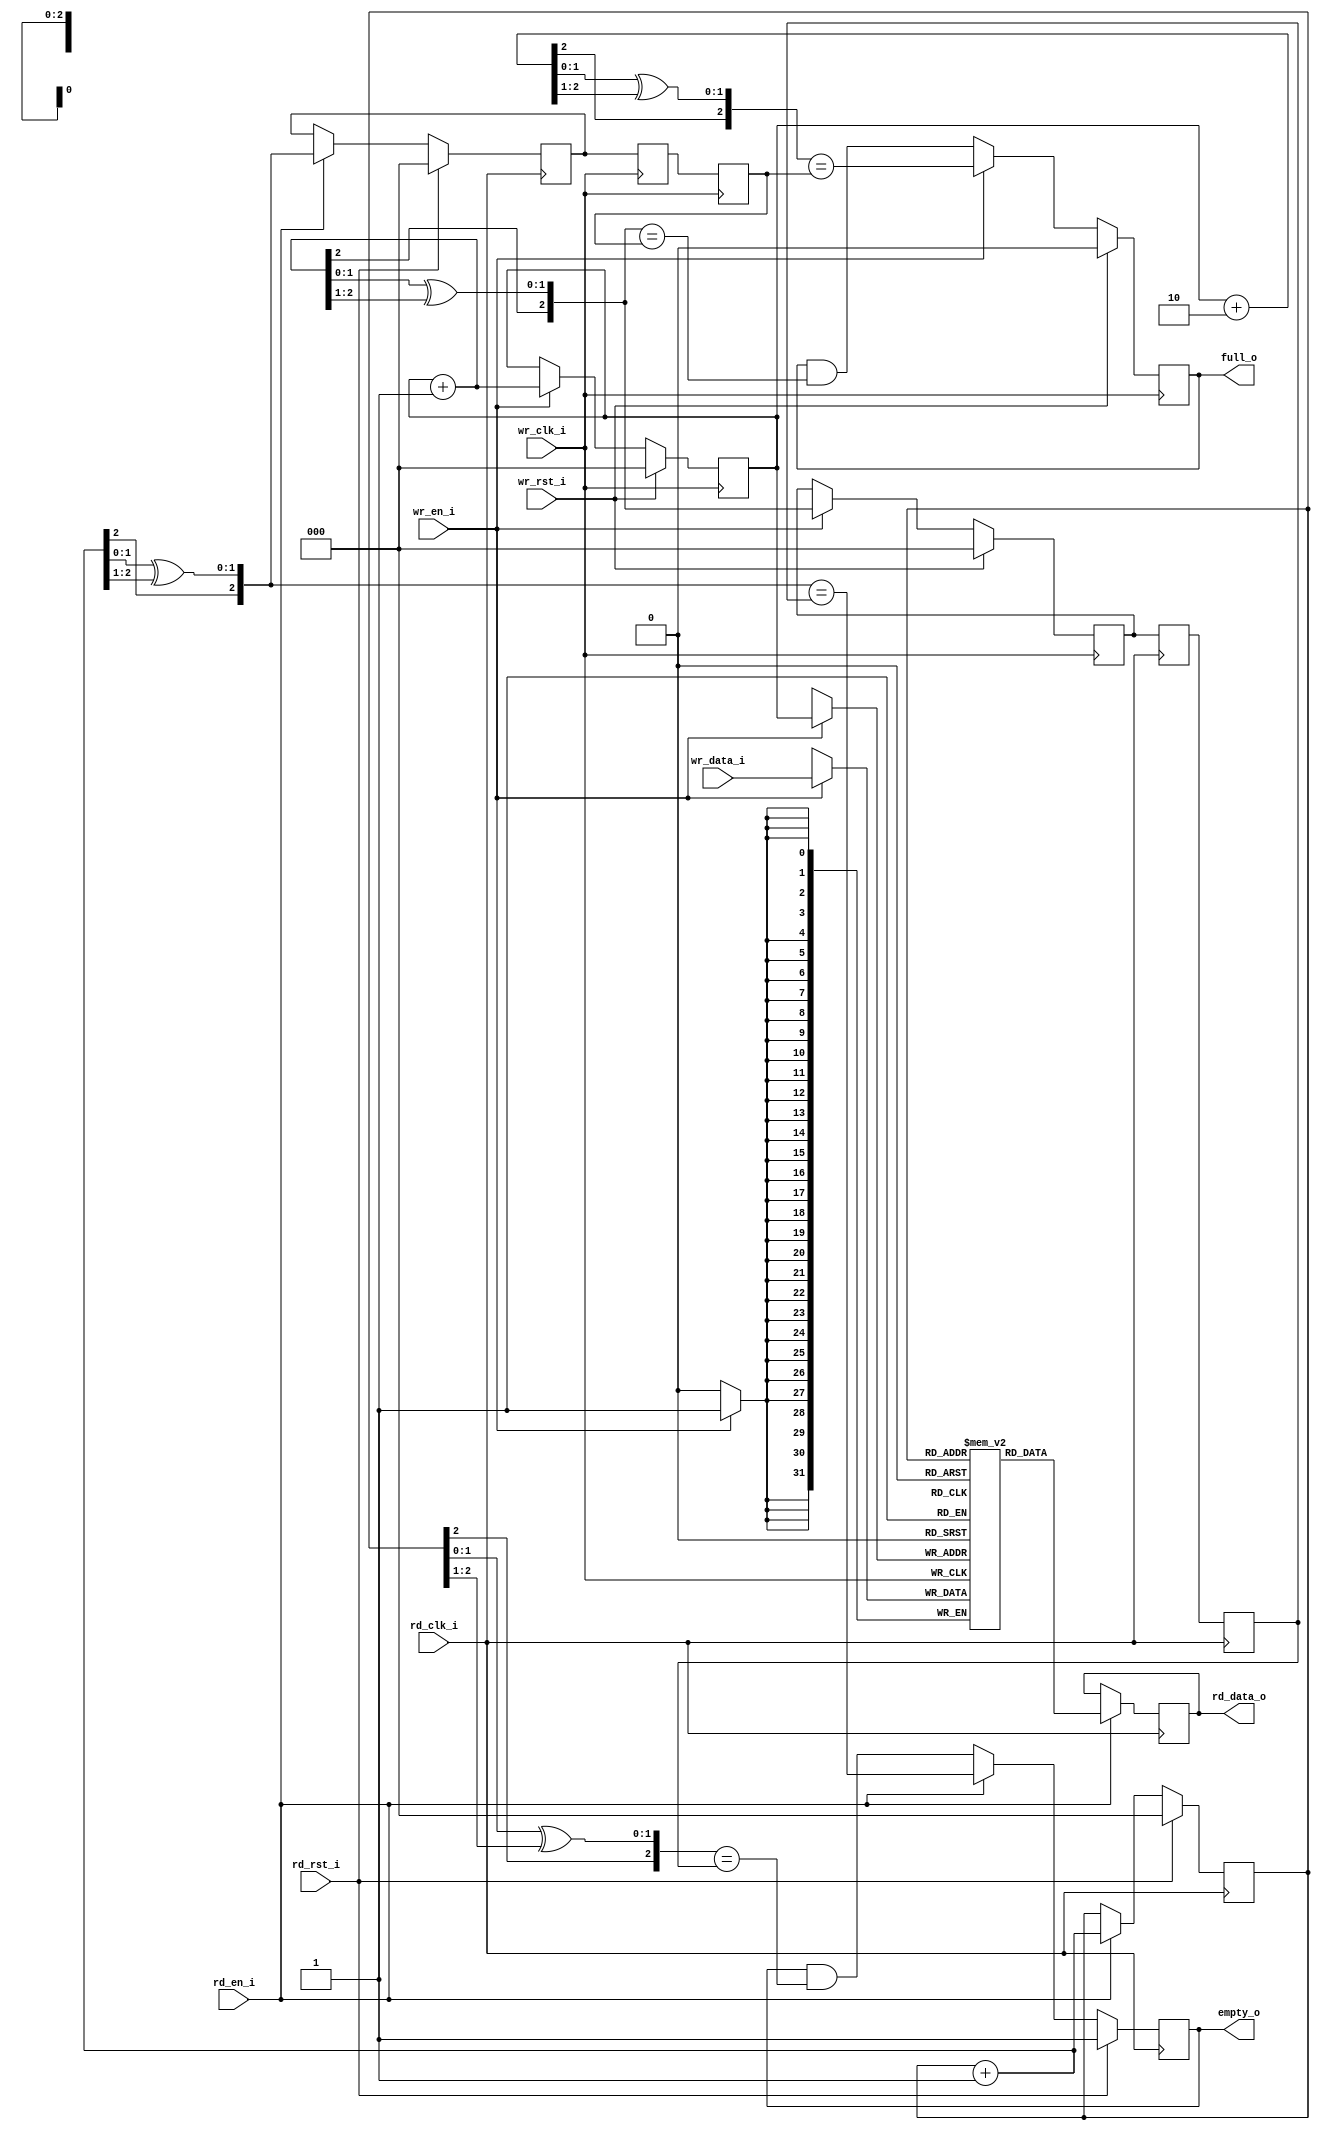
module dual_clock_fifo #(
	parameter ADDR_WIDTH = 3,
	parameter DATA_WIDTH = 32
)
(
	input wire 			wr_rst_i,
	input wire 			wr_clk_i,
	input wire 			wr_en_i,
	input wire [DATA_WIDTH-1:0]	wr_data_i,
	input wire 			rd_rst_i,
	input wire 			rd_clk_i,
	input wire 			rd_en_i,
	output reg [DATA_WIDTH-1:0]	rd_data_o,
	output reg 			full_o,
	output reg 			empty_o
);
reg [ADDR_WIDTH-1:0]	wr_addr;
reg [ADDR_WIDTH-1:0]	wr_addr_gray;
reg [ADDR_WIDTH-1:0]	wr_addr_gray_rd;
reg [ADDR_WIDTH-1:0]	wr_addr_gray_rd_r;
reg [ADDR_WIDTH-1:0]	rd_addr;
reg [ADDR_WIDTH-1:0]	rd_addr_gray;
reg [ADDR_WIDTH-1:0]	rd_addr_gray_wr;
reg [ADDR_WIDTH-1:0]	rd_addr_gray_wr_r;
function [ADDR_WIDTH-1:0] gray_conv;
input [ADDR_WIDTH-1:0] in;
begin
	gray_conv = {in[ADDR_WIDTH-1],
		     in[ADDR_WIDTH-2:0] ^ in[ADDR_WIDTH-1:1]};
end
endfunction
always @(posedge wr_clk_i) begin
	if (wr_rst_i) begin
		wr_addr <= 0;
		wr_addr_gray <= 0;
	end else if (wr_en_i) begin
		wr_addr <= wr_addr + 1'b1;
		wr_addr_gray <= gray_conv(wr_addr + 1'b1);
	end
end
always @(posedge wr_clk_i) begin
	rd_addr_gray_wr <= rd_addr_gray;
	rd_addr_gray_wr_r <= rd_addr_gray_wr;
end
always @(posedge wr_clk_i)
	if (wr_rst_i)
		full_o <= 0;
	else if (wr_en_i)
		full_o <= gray_conv(wr_addr + 2) == rd_addr_gray_wr_r;
	else
		full_o <= full_o & (gray_conv(wr_addr + 1'b1) == rd_addr_gray_wr_r);
always @(posedge rd_clk_i) begin
	if (rd_rst_i) begin
		rd_addr <= 0;
		rd_addr_gray <= 0;
	end else if (rd_en_i) begin
		rd_addr <= rd_addr + 1'b1;
		rd_addr_gray <= gray_conv(rd_addr + 1'b1);
	end
end
always @(posedge rd_clk_i) begin
	wr_addr_gray_rd <= wr_addr_gray;
	wr_addr_gray_rd_r <= wr_addr_gray_rd;
end
always @(posedge rd_clk_i)
	if (rd_rst_i)
		empty_o <= 1'b1;
	else if (rd_en_i)
		empty_o <= gray_conv(rd_addr + 1) == wr_addr_gray_rd_r;
	else
		empty_o <= empty_o & (gray_conv(rd_addr) == wr_addr_gray_rd_r);
reg [DATA_WIDTH-1:0] mem[(1<<ADDR_WIDTH)-1:0];
always @(posedge rd_clk_i)
	if (rd_en_i)
		rd_data_o <= mem[rd_addr];
always @(posedge wr_clk_i)
	if (wr_en_i)
		mem[wr_addr] <= wr_data_i;
endmodule